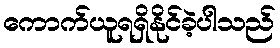
ကောက်ယူရရှိနိုင်ခဲ့ပါသည်